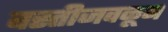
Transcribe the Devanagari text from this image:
वस्तीजवळून